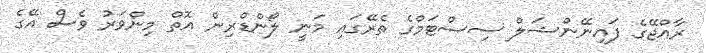
ރާއްޖޭގެ ފައިނޭންޝަލް ސިސްޓަމްގެ ތެރޭގައި މަނީ ލޯންޑްރިން އޮތް މިންވަރު ވެސް އޭގެ